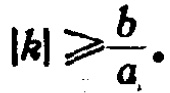
\(|k|\geqslant\frac{b}{a}.\)